Civil Veterinary Dept. North-West Frontier Province 1933-46 - 1933-1946
Year: 1933
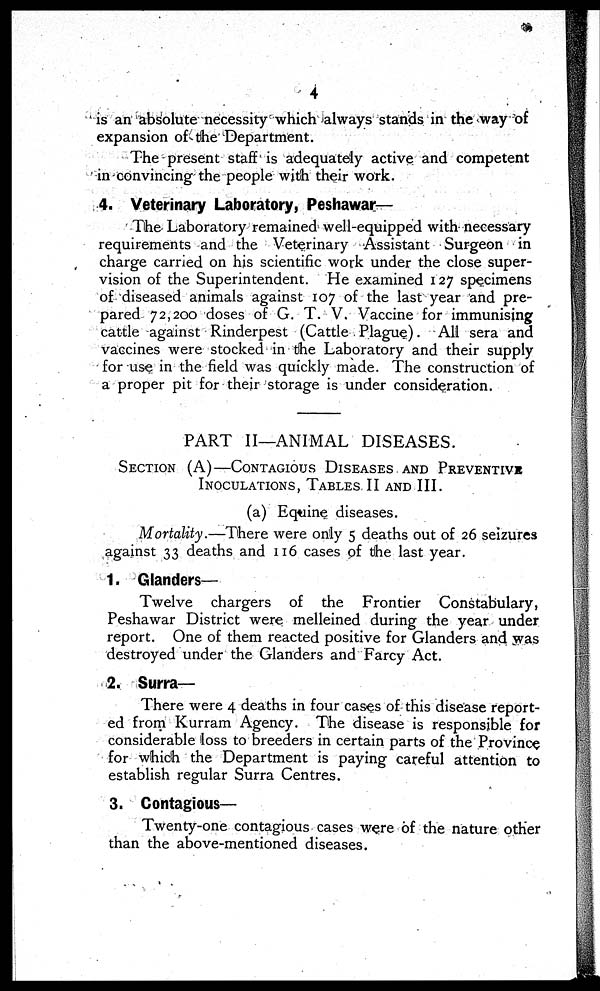
4
is an absolute necessity which always stands in the way of
expansion of the Department.
The present staff is adequately active and competent
in convincing the people with their work.
4. Veterinary Laboratory, Peshawar—
The Laboratory remained well-equipped with necessary
requirements and the Veterinary Assistant Surgeon in
charge carried on his scientific work under the close super-
vision of the Superintendent. He examined 127 specimens
of diseased animals against 107 of the last year and pre-
pared 72,200 doses of G. T. V. Vaccine for immunising
cattle against Rinderpest (Cattle Plague). All sera and
vaccines were stocked in the Laboratory and their supply
for use in the field was quickly made. The construction of
a proper pit for their storage is under consideration.
PART II—ANIMAL DISEASES.
SECTION
(A)—CONTAGIOUS
DISEASES
AND
PREVENTIVE
INOCULATIONS, TABLES AND III.
(a) Equine diseases.
Mortality.—There
were only 5 deaths out of 26 seizures
against 33 deaths and 116 cases of the last year.
1. Glanders—
Twelve chargers of the Frontier Constabulary,
Peshawar District were melleined during the year under
report. One of them reacted positive for Glanders and was
destroyed under the Glanders and Farcy Act.
2. Surra-
There were 4 deaths in four cases of this disease report-
ed from Kurram Agency. The disease is responsible for
considerable loss to breeders in certain parts of the Province
for which the Department is paying careful attention to
establish regular Surra Centres.
3. Contagious—
Twenty-one contagious cases were of the nature other
than the above-mentioned diseases.